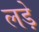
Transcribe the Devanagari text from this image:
लडे़